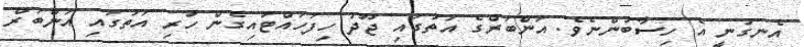
އެނގުނީ އެ ހިސާބުންނެވެ. އަންބަރްގެ އަތުގައި ޖޫދު ހިފަހައްޓައިގެން ހުރި އަތުގައި އަންބަރް